Civil Veterinary Department. Central Provinces & Berar 1925-31 - 1925-1931
Year: 1925
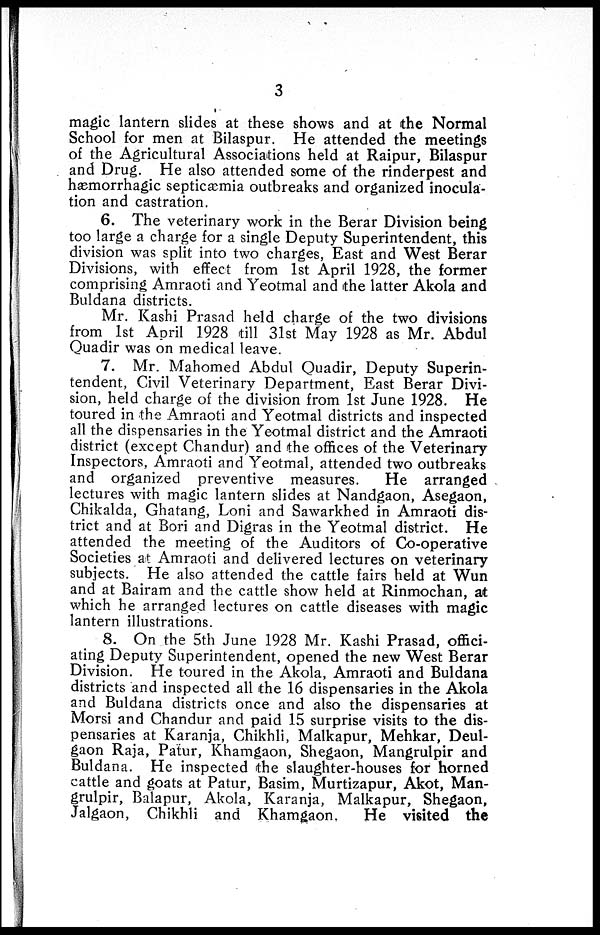
3
magic lantern slides at these shows and at the Normal
School for men at Bilaspur. He attended the meetings
of the Agricultural Associations held at Raipur, Bilaspur
and Drug. He also attended some of the rinderpest and
hæmorrhagic septicæmia outbreaks and organized inocula-
tion and castration.
6. The veterinary work in the Berar Division being
too large a charge for a single Deputy Superintendent, this
division was split into two charges, East and West Berar
Divisions, with effect from 1st April 1928, the former
comprising Amraoti and Yeotmal and the latter Akola and
Buldana districts.
Mr. Kashi Prasad held charge of the two divisions
from 1st April 1928 till 31st May 1928 as Mr. Abdul
Quadir was on medical leave.
7. Mr. Mahomed Abdul Quadir, Deputy Superin-
tendent, Civil Veterinary Department, East Berar Divi-
sion, held charge of the division from 1st June 1928. He
toured in the Amraoti and Yeotmal districts and inspected
all the dispensaries in the Yeotmal district and the Amraoti
district (except Chandur) and the offices of the Veterinary
Inspectors, Amraoti and Yeotmal, attended two outbreaks
and organized preventive measures.
He arranged
lectures with magic lantern slides at Nandgaon, Asegaon,
Chikalda, Ghatang, Loni and Sawarkhed in Amraoti dis-
trict and at Bori and Digras in the Yeotmal district. He
attended the meeting of the Auditors of Co-operative
Societies at Amraoti and delivered lectures on veterinary
subjects. He also attended the cattle fairs held at Wun
and at Bairam and the cattle show held at Rinmochan, at
which he arranged lectures on cattle diseases with magic
lantern illustrations.
8. On the 5th June 1928 Mr. Kashi Prasad, offici-
ating Deputy Superintendent, opened the new West Berar
Division. He toured in the Akola, Amraoti and Buldana
districts and inspected all the 16 dispensaries in the Akola
and Buldana districts once and also the dispensaries at
Morsi and Chandur and paid 15 surprise visits to the dis-
pensaries at Karanja, Chikhli, Malkapur, Mehkar, Deul-
gaon Raja, Patur, Khamgaon, Shegaon, Mangrulpir and
Buldana. He inspected the slaughter-houses for horned
cattle and goats at Patur, Basim, Murtizapur, Akot, Man-
grulpir, Balapur, Akola, Karanja, Malkapur, Shegaon,
Jalgaon, Chikhli and Khamgaon.
He visited the